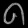
Digit: ၈